Report of the Indian Hemp Drugs Commission, 1894-1895 - Volume VI
Year: 1894
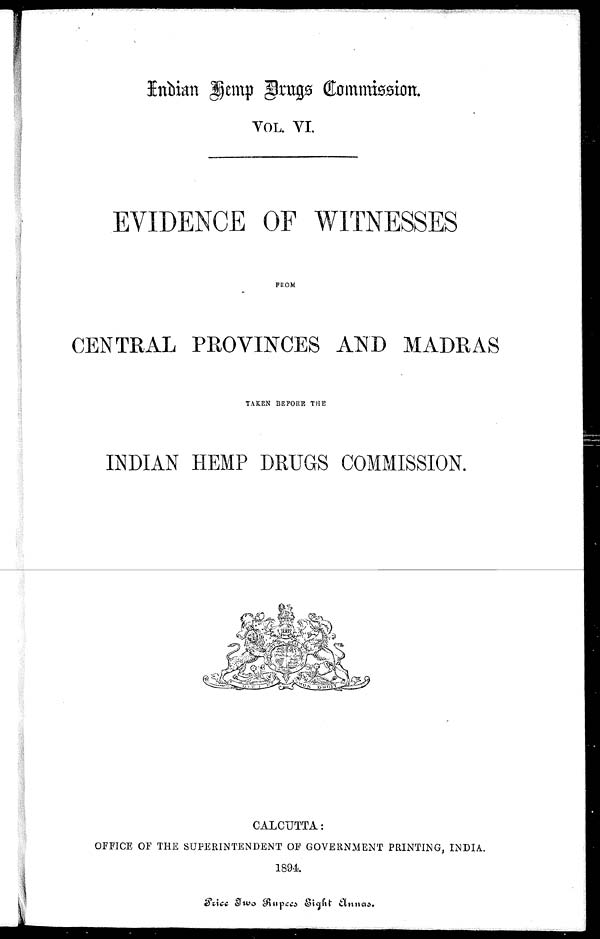
Indian Hemp Drugs Commission.
VOL. VI.
EVIDENCE OF WITNESSES
FROM
CENTRAL PROVINCES AND MADRAS
TAKEN BEFORE THE
INDIAN HEMP DRUGS COMMISSION.
CALCUTTA:
OFFICE OF THE SUPERINTENDENT OF GOVERNMENT PRINTING, INDIA.
1894.
P r i c e T w o R u p e e s E i g h t E l n n a s :